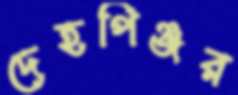
দেহপিঞ্জর